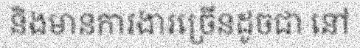
និងមានការងារច្រើនដូចជា នៅ